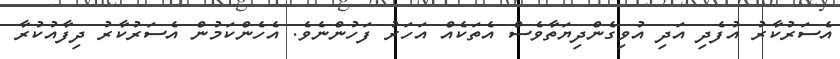
އެސަރުކާރު އުފެދި އަދި އުވިގެންދިޔަތާވެސް އެތަކެއް އަހަރު ފަހުންނެވެ. އެހެންކަމުން އެސަރުކާރު ދިފާއުކުރާ